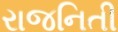
રાજનિતી